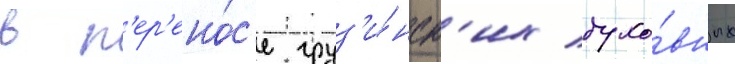
в п'ер'ено́с'е груз'и́нск'их духо́вных